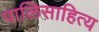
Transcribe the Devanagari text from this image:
पालिसाहित्य